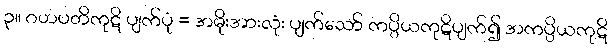
၃။ ဂဟပတိကုဋိ ပျက်ပုံ = အမိုးအားလုံး ပျက်သော် ကပ္ပိယကုဋိပျက်၍ အကပ္ပိယကုဋိ